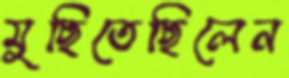
মুছিতেছিলেন